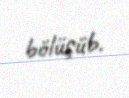
bölüşüb.